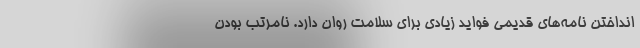
انداختن نامه‌های قدیمی فواید زیادی برای سلامت روان دارد. نامرتب بودن